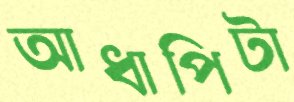
আধাপিটা